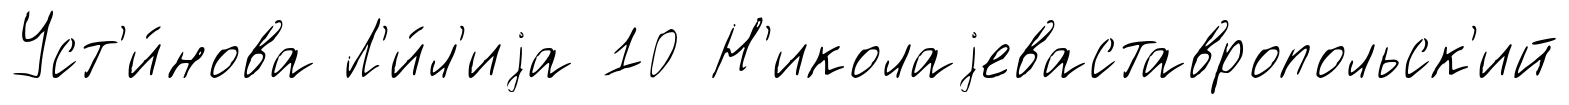
Уст'и́нова Л'и́л'иjа 10 Н'иколаjеваставропольск'ий